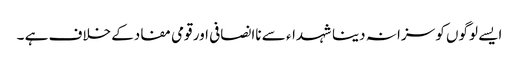
ایسے لوگوں کو سزا نہ دینا شہداء سے ناانصافی اور قومی مفادکے خلاف ہے ۔